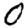
Digit: 0